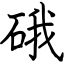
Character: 硪